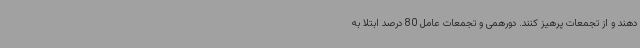
دهند و از تجمعات پرهیز کنند. دورهمی و تجمعات عامل 80 درصد ابتلا به